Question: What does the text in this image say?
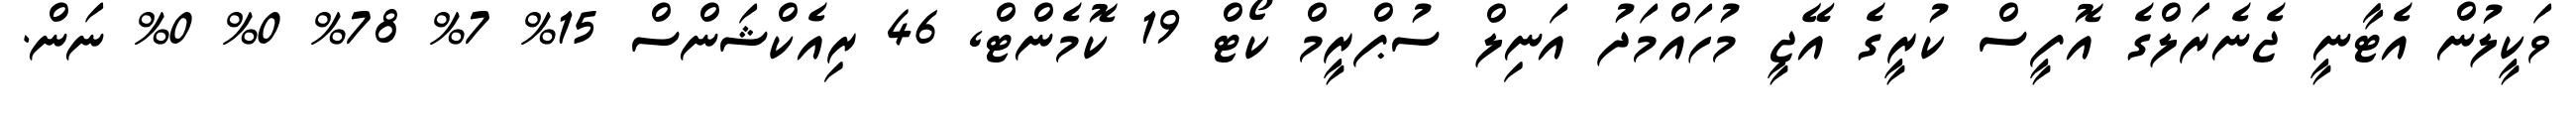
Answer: ވަކީލުން އެޓާނީ ޖެނެރަލްގެ އޮފީސް ކުރީގެ އޭޖީ މުހައްމަދު އަނިލް ސުޕްރީމް ކޯޓް 19 ކޮމެންޓް, 46 ރިއެކްޝަންސް 15% 7% 78% 0% 0% ނަން.